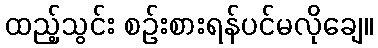
ထည့်သွင်း စဉ်းစားရန်ပင်မလိုချေ။